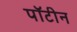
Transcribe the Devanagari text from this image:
पॉटीन